Indian journal of veterinary science and animal husbandry - Volume 8,
Year: 1938
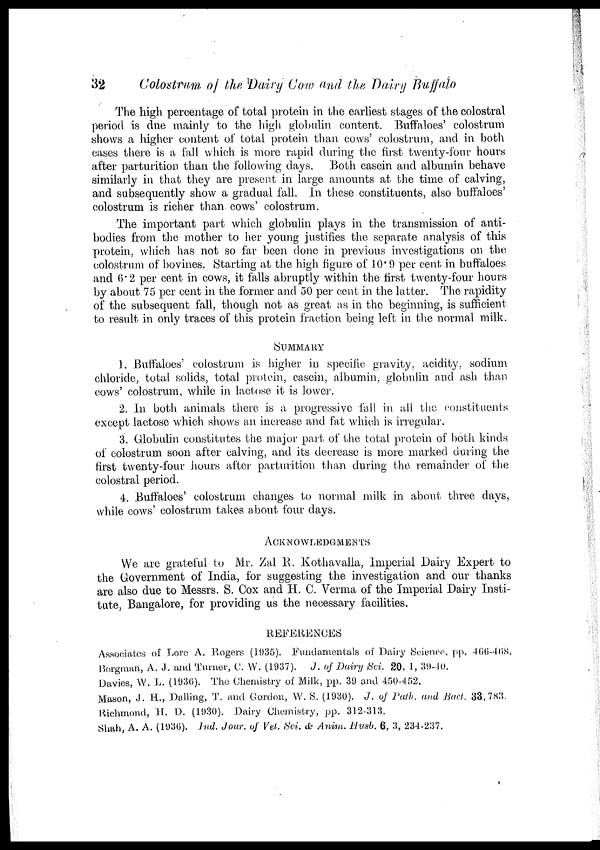
32
Colostrum of the Dairy Cow and the Dairy Buffalo
The high percentage of total protein in the earliest stages of the colostral
period is due mainly to the high globulin content. Buffaloes' colostrum
shows a higher content of total protein than cows' colostrum, and in both
cases there is a fall which is more rapid during the first twenty-four hours
after parturition than the following days. Both casein and albumin behave
similarly in that they are present in large amounts at the time of calving,
and subsequently show a gradual fall. In these constituents, also buffaloes'
colostrum is richer than cows' colostrum.
The important part which globulin plays in the transmission of anti-
bodies from the mother to her young justifies the separate analysis of this
protein, which has not so far been done in previous investigations on the
colostrum of bovines. Starting at the high figure of 10.9 per cent in buffaloes
and 6.2 per cent in cows, it falls abruptly within the first twenty-four hours
by about 75 per cent in the former and 50 per cent in the latter. The rapidity
of the subsequent fall, though not as great as in the beginning, is sufficient
to result in only traces of this protein fraction being left in the normal milk.
SUMMARY
1. Buffaloes' colostrum is higher in specific gravity, acidity, sodium
chloride, total solids, total protein, casein, albumin, globulin and ash than
cows' colostrum, while in lactose it is lower.
2. In both animals there is a progressive fall in all the constituents
except lactose which shows an increase and fat which is irregular.
3. Globulin constitutes the major part of the total protein of both kinds
of colostrum soon after calving, and its decrease is more marked during the
first twenty-four hours after parturition than during the remainder of the
colostral period.
4. Buffaloes' colostrum changes to normal milk in about three days,
while cows' colostrum takes about four days.
ACKNOWLEDGMENTS
We are grateful to Mr. Zal R. Kothavalla, Imperial Dairy Expert to
the Government of India, for suggesting the investigation and our thanks
are also due to Messrs. S. Cox and H. C. Verma of the Imperial Dairy Insti-
tute, Bangalore, for providing us the necessary facilities.
REFERENCES
Associates of Lore A. Rogers (1935). Fundamentals of Dairy Science. pp. 466-468,
Borgman, A. J. and Turner, C. W. (1937). J. of Dairy Sci. 20, 1, 39-40.
Davies, W. L. (1936). The Chemistry of Milk, pp. 39 and 450-452.
Mason, J. H., Dalling, T. and Gordon, W. S. (1930). J. of Path. and Bact. 33,783.
Richmond, H. D. (1930). Dairy Chemistry, pp. 312-313.
Shah, A. A. (1936). Ind. Jour. of Vet. Sci. & Anim. Husb. 6, 3, 234-237.